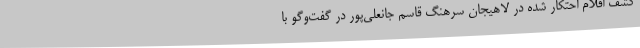
کشف اقلام احتکار شده در لاهیجان سرهنگ قاسم جانعلی‌پور در گفت‌وگو با